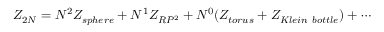
{ \cal Z } _ { 2 N } = N ^ { 2 } { \cal Z } _ { s p h e r e } + N ^ { 1 } { \cal Z } _ { R P ^ { 2 } } + N ^ { 0 } ( { \cal Z } _ { t o r u s } + { \cal Z } _ { K l e i n \ b o t t l e } ) + \cdots